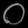
Digit: ၀